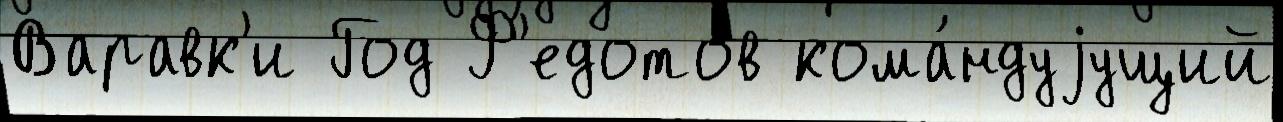
Варавк'и Год Ф'едотов кома́ндуjущий